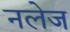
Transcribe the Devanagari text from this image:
नलेज